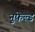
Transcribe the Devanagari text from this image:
नुफेल्ड